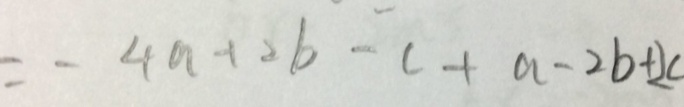
= - 4 a + 2 b - c + a - 2 b + 2 c